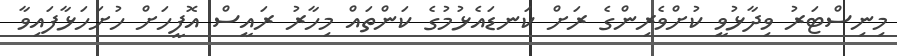
މިނިސްޓަރު ވިދާޅުވީ ކުށްވެރިންގެ ރަށް ކަނޑައެޅުމުގެ ކަންތައް މިހާރު ރައީސް އޮފީހަށް ހުށަހަޅާފައިވާ